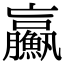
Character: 𩼊